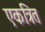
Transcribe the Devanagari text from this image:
एकत्रित